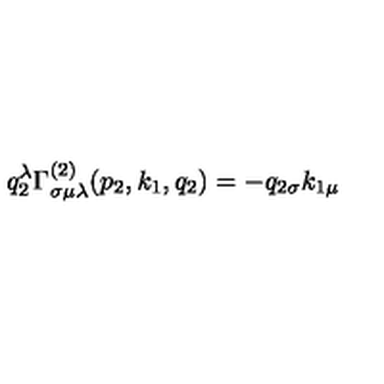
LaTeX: q _ { 2 } ^ { \lambda } \Gamma _ { \sigma \mu \lambda } ^ { ( 2 ) } ( p _ { 2 } , k _ { 1 } , q _ { 2 } ) = - q _ { 2 \sigma } k _ { 1 \mu }